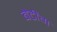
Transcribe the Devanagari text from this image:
बेटींग